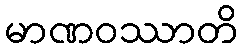
မာဏဝဿာတိ